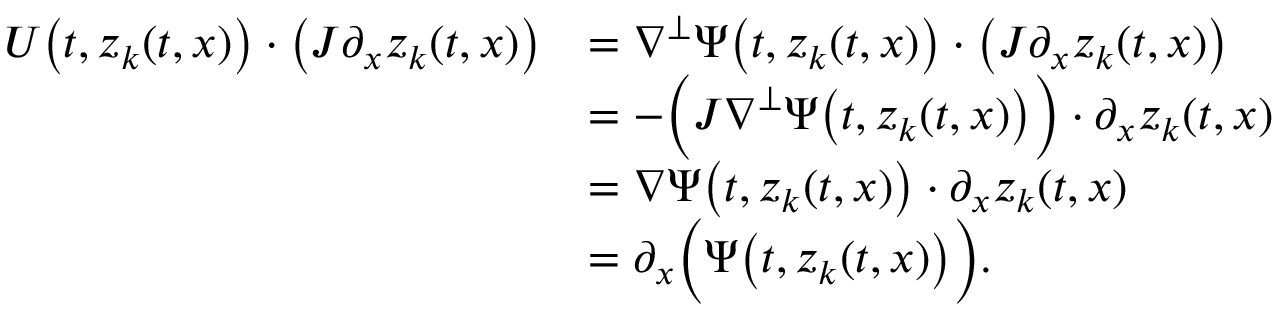
\begin{array} { r l } { U \big ( t , z _ { k } ( t , x ) \big ) \cdot \big ( J \partial _ { x } z _ { k } ( t , x ) \big ) } & { = \nabla ^ { \perp } \Psi \big ( t , z _ { k } ( t , x ) \big ) \cdot \big ( J \partial _ { x } z _ { k } ( t , x ) \big ) } \\ & { = - \Big ( J \nabla ^ { \perp } \Psi \big ( t , z _ { k } ( t , x ) \big ) \Big ) \cdot \partial _ { x } z _ { k } ( t , x ) } \\ & { = \nabla \Psi \big ( t , z _ { k } ( t , x ) \big ) \cdot \partial _ { x } z _ { k } ( t , x ) } \\ & { = \partial _ { x } \Big ( \Psi \big ( t , z _ { k } ( t , x ) \big ) \Big ) . } \end{array}